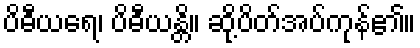
ပိဓီယရေ၊ ပိဓီယန္တိ။ ဆို့ပိတ်အပ်ကုန်၏။